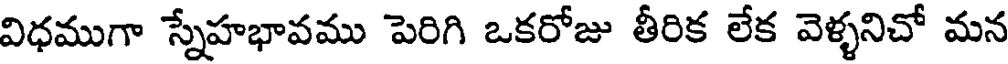
విధముగా స్నేహభావము పెరిగి ఒకరోజు తీరిక లేక వెళ్ళనిచో మన